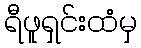
ရီဖူရှင်းထံမှ